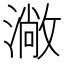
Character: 𱨬